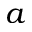
a